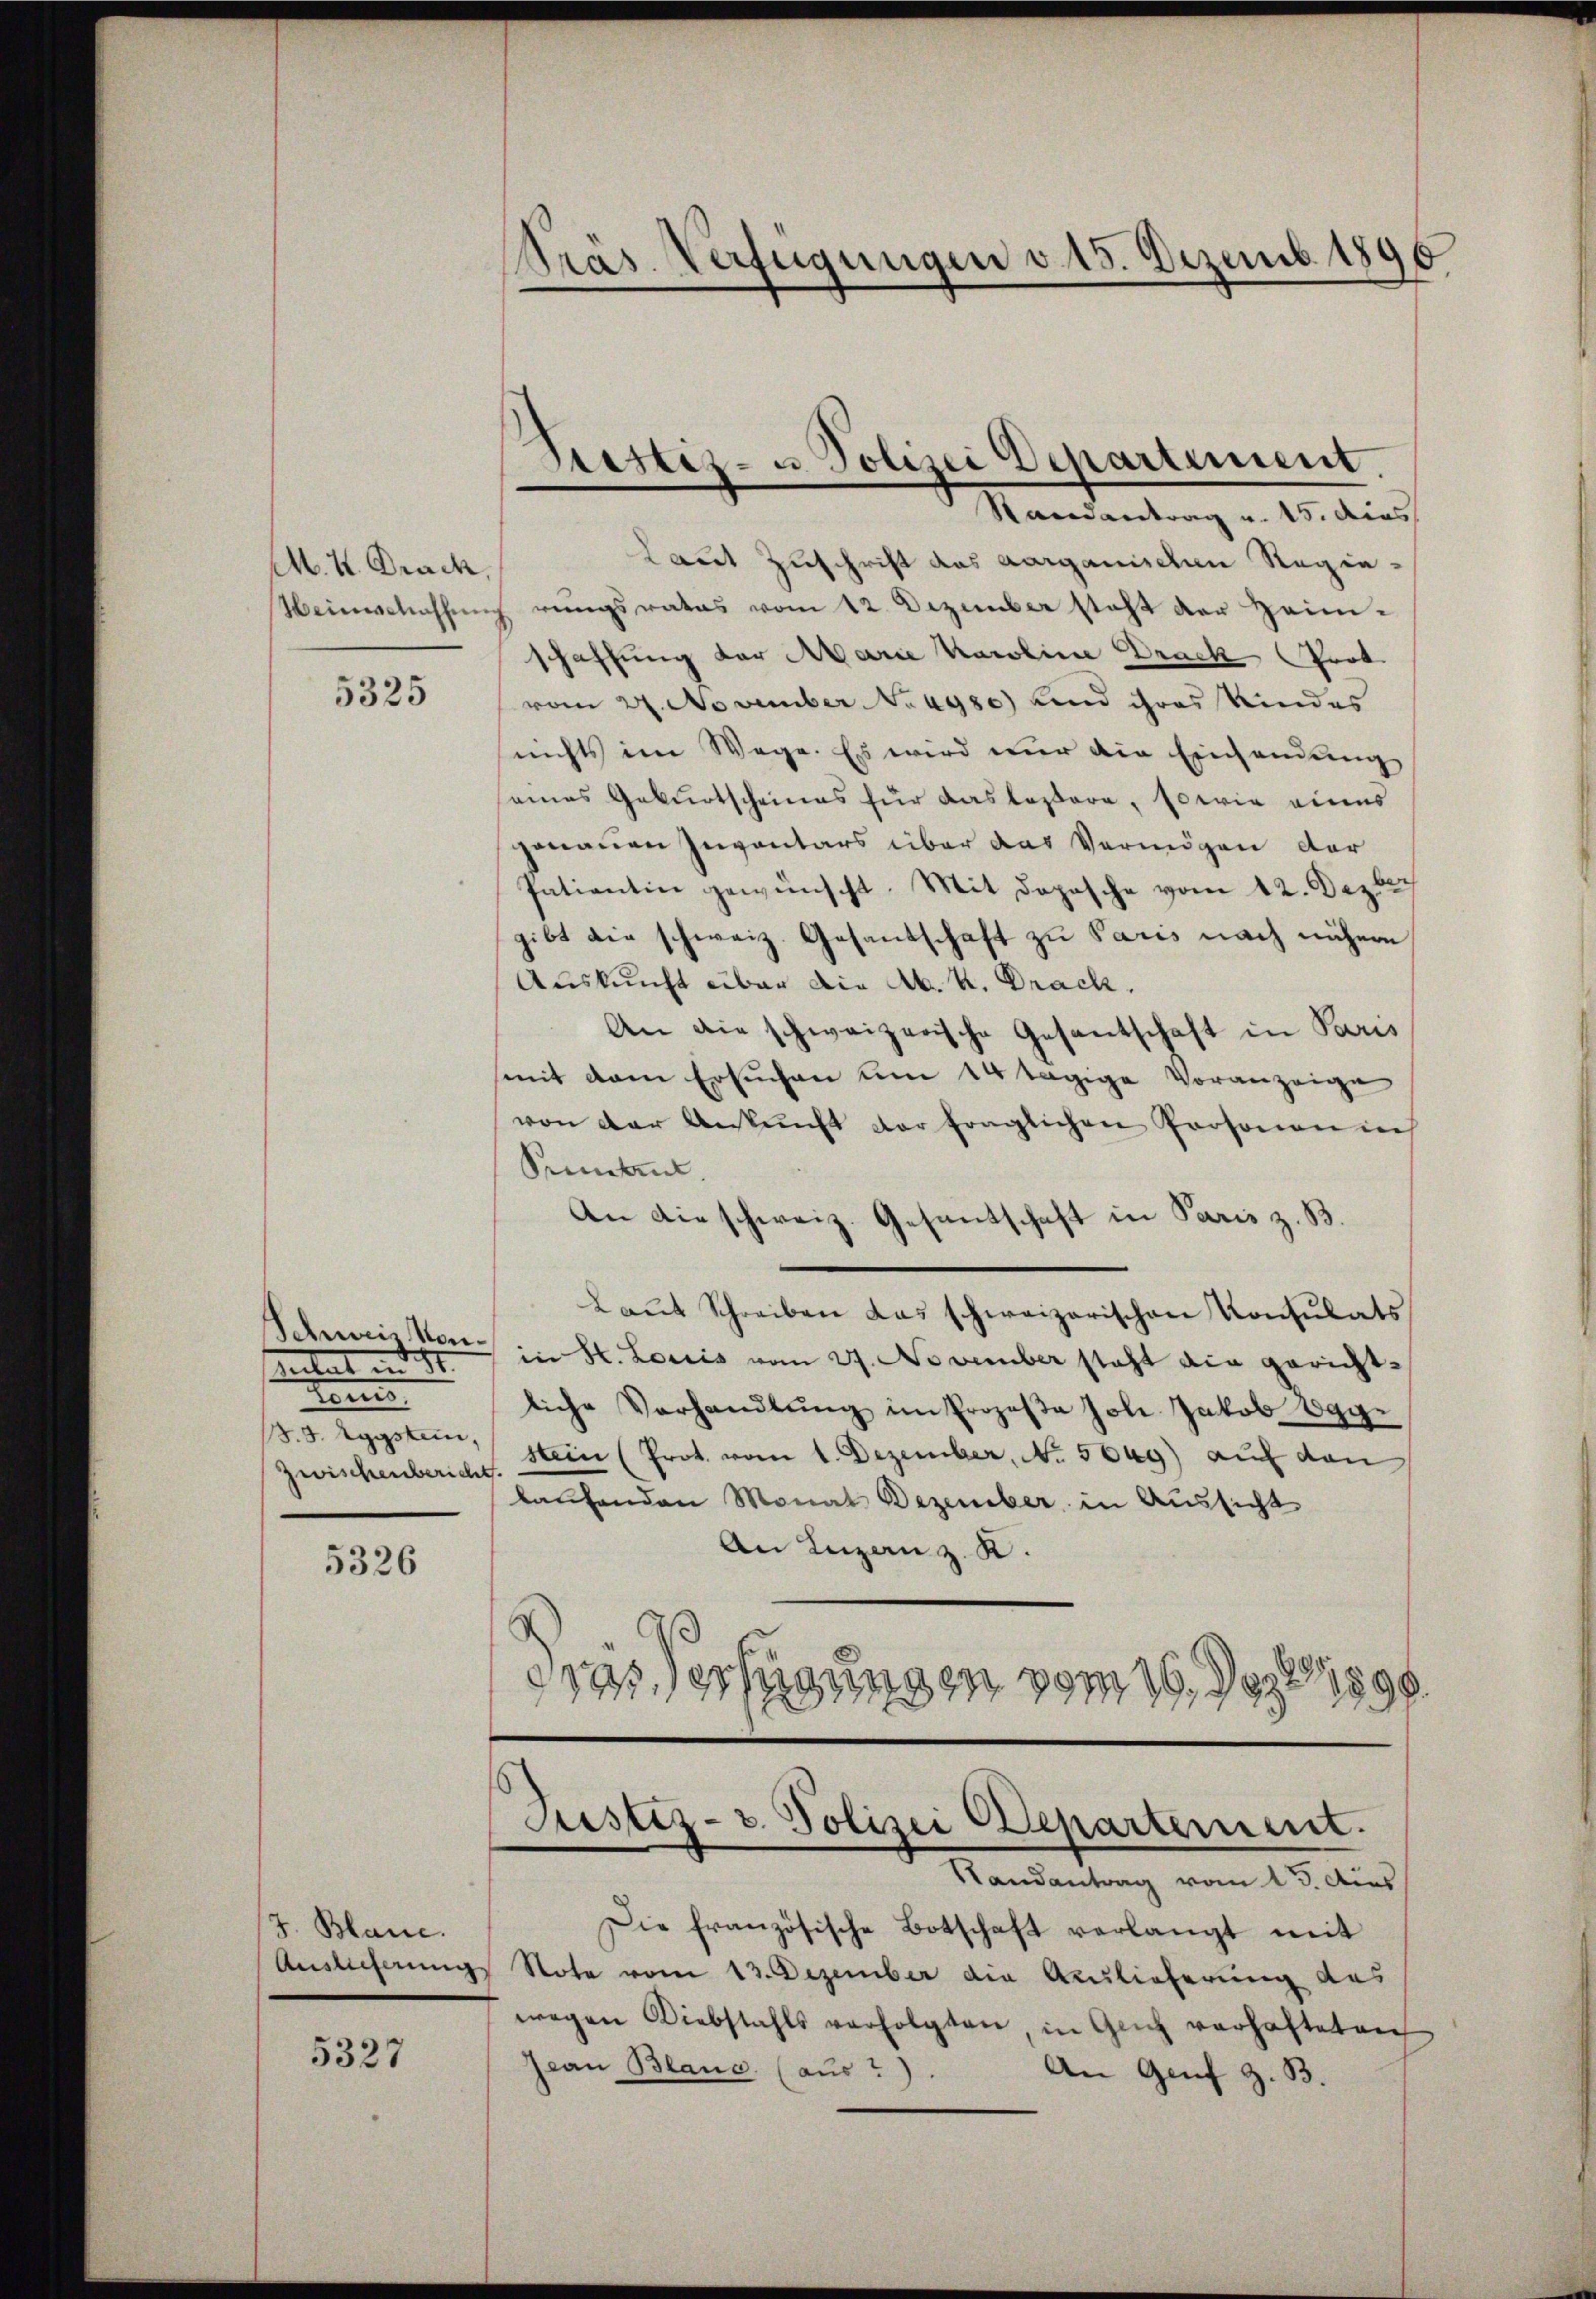
M. K. Prach,

5325

Antal an Sr.
tens
J. 3. Agystem,
Zwischenbericht.

5326

J. Blane.

5327

Präs. Verfügungen v. 15. Dezemb. 180
6

Laut Zuschrift des aarganischen Regie¬
Weinschaffŭng rungsrates vom 12. Dezember steht der Heimschaffung der Marie Karoline Drack Tort
vom 27. November No 4980) und ihres Kindes
nichts im Wege. Es wird nur die Einsendung
seines Geburtscheines für das lassere, sowie eines
genauen Inventars über das Vermögen der
Patientin gewünscht. Mit doposche vom 12. Dezlich
gibt die schweiz. Gesandschaft zu Paris nach nähern
Auskunft über die Ab. K. Drack,
An die schweizerische Gesantschaft in Paris
mit dem Ersuchen um 14 tägige Voranzeige
von der Ankunft der fraglichen Personen in
Petent.
An die schweiz. Gesandschaft in Paris z. B.
Laŭt Schreiben das schweizerischen Konsulats
Schweis von in St. Loris vom 27. November steht die gerichtliche Verhandlŭng im Prozeβa Joh. Jakob Egge
stein (Prot. vom 1. Dezember, No. 5069) auf den
laufenden Monat Dezember in Aussicht
An Luzanz. R.
dres erfügungen vom 16. Dez. 1789
.

Sistiz- u. Polizei Departement
Randantrag v. 15. dies

Justiz- u. Polizei Departement.
Randantrag vom 13. Aus

Die französische Botschaft verlangt mit
Auslieferungs Note vom 13. Dezember die Auslieferung das
wegen Diebstahls verfolgten, in Glich verhafteten
Jean Blanc (aus?)
An Genf z. B.